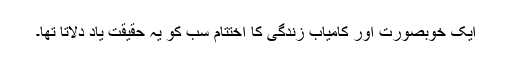
ایک خوبصورت اور کامیاب زندگی کا اختتام سب کو یہ حقیقت یاد دلاتا تھا۔